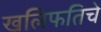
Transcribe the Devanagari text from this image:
खलिफतिचे